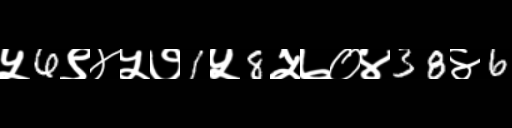
Text: ५6९४५७1५8५७०४38४6